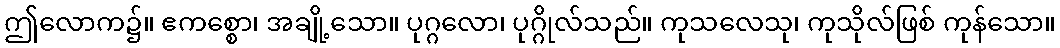
ဤလောက၌။ ဧကစ္စော၊ အချို့သော။ ပုဂ္ဂလော၊ ပုဂ္ဂိုလ်သည်။ ကုသလေသု၊ ကုသိုလ်ဖြစ် ကုန်သော။